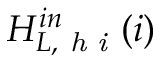
H _ { L , \textit { h i } } ^ { i n } ( i )